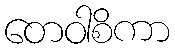
တေဝါစိကာ